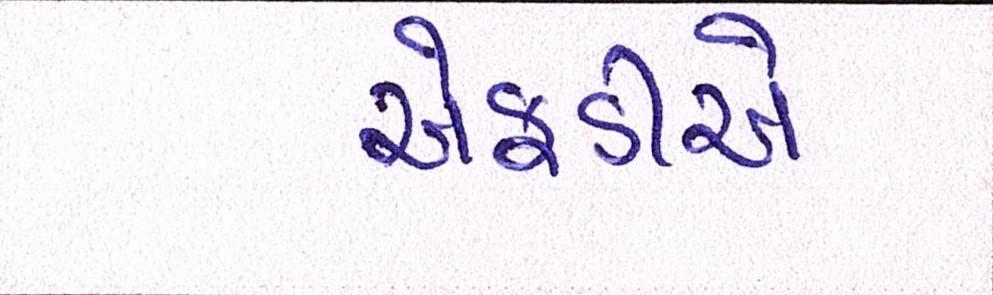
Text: એફડીએ